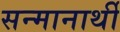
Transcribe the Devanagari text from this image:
सन्मानार्थी